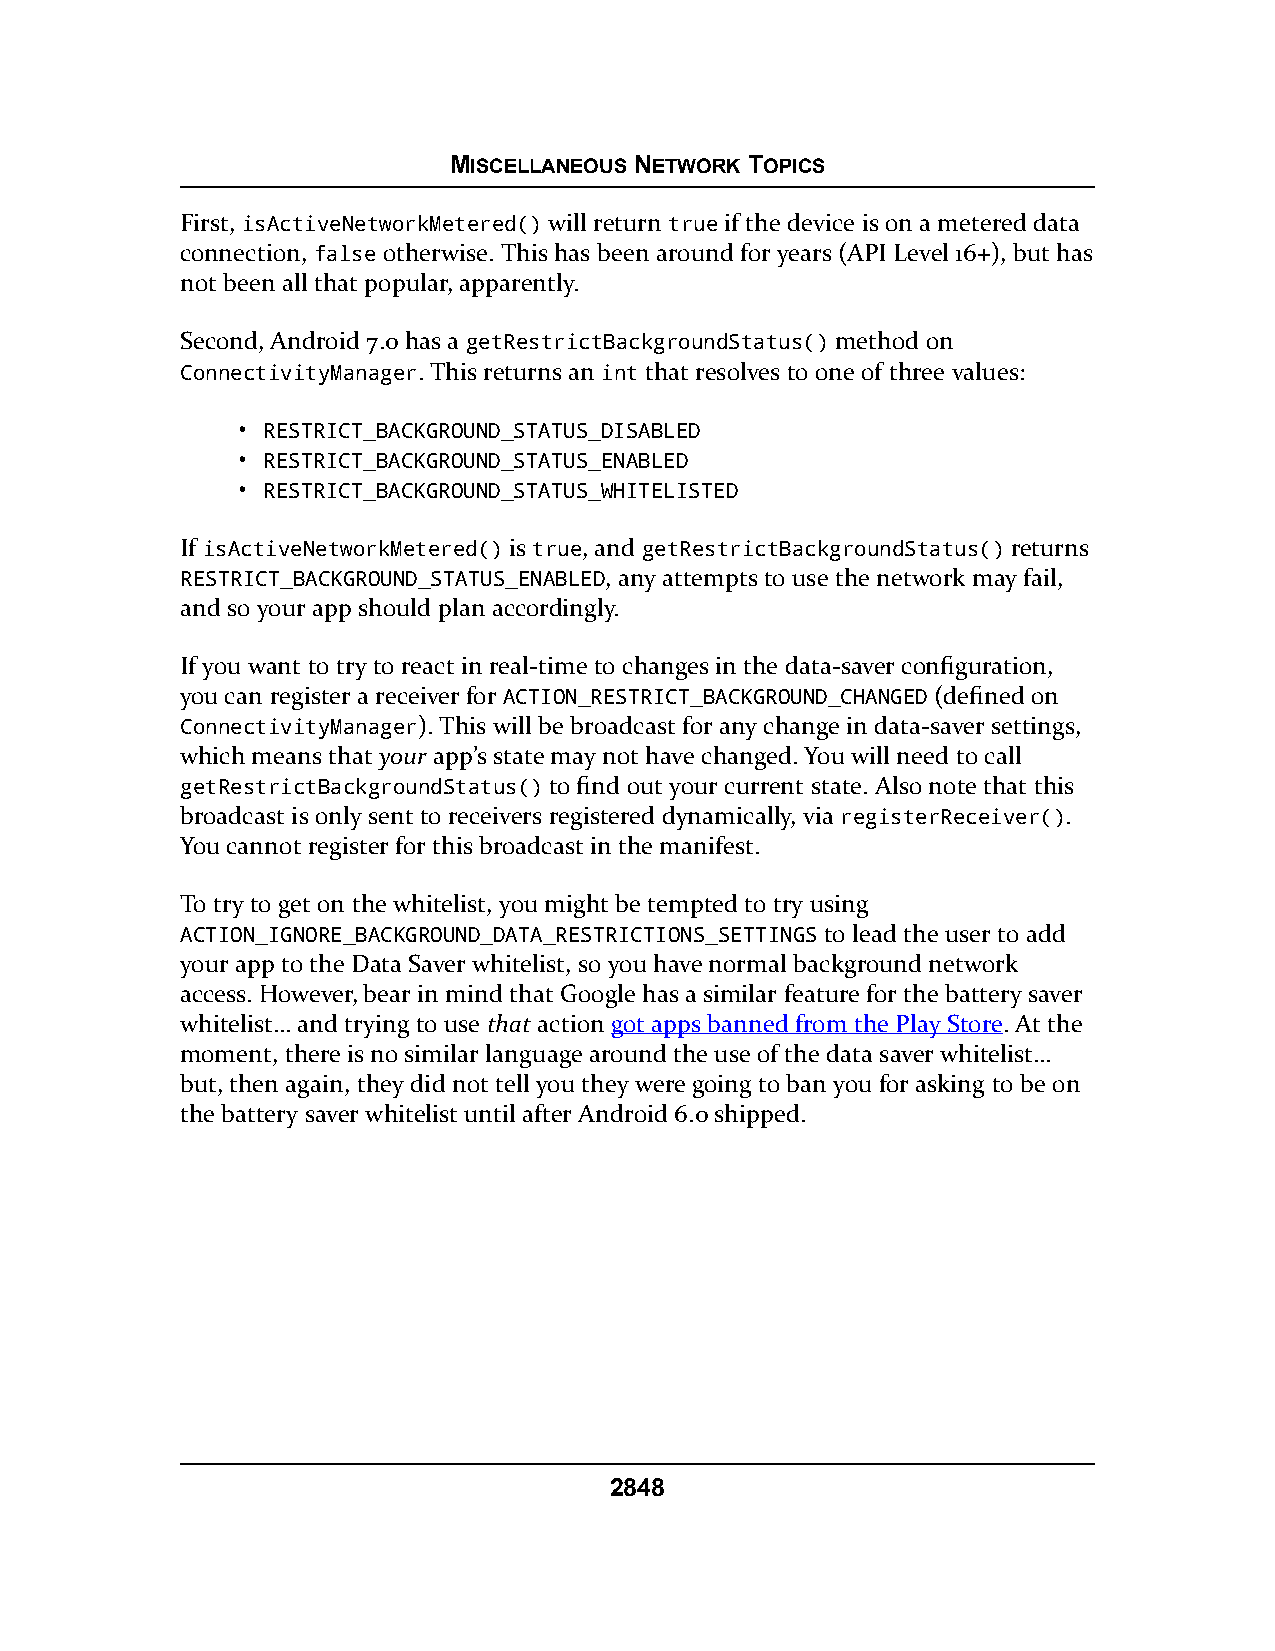
MISCELLANEOUS NETWORK TOPICS
 First, isActiveNetworkMetered() will return true if the device is on a metered data
 connection, false otherwise. This has been around for years (API Level 16+), but has
 not been all that popular, apparently.
 Second, Android 7.0 has a getRestrictBackgroundStatus() method on
 ConnectivityManager. This returns an int that resolves to one of three values:
 • RESTRICT_BACKGROUND_STATUS_DISABLED
 • RESTRICT_BACKGROUND_STATUS_ENABLED
 • RESTRICT_BACKGROUND_STATUS_WHITELISTED
 If isActiveNetworkMetered() is true, and getRestrictBackgroundStatus() returns
 RESTRICT_BACKGROUND_STATUS_ENABLED, any attempts to use the network may fail,
 and so your app should plan accordingly.
 If you want to try to react in real-time to changes in the data-saver configuration,
 you can register a receiver for ACTION_RESTRICT_BACKGROUND_CHANGED (defined on
 ConnectivityManager). This will be broadcast for any change in data-saver settings,
 which means that your app’s state may not have changed. You will need to call
 getRestrictBackgroundStatus() to find out your current state. Also note that this
 broadcast is only sent to receivers registered dynamically, via registerReceiver().
 You cannot register for this broadcast in the manifest.
 To try to get on the whitelist, you might be tempted to try using
 ACTION_IGNORE_BACKGROUND_DATA_RESTRICTIONS_SETTINGS to lead the user to add
 your app to the Data Saver whitelist, so you have normal background network
 access. However, bear in mind that Google has a similar feature for the battery saver
 whitelist… and trying to use that action got apps banned from the Play Store. At the
 moment, there is no similar language around the use of the data saver whitelist…
 but, then again, they did not tell you they were going to ban you for asking to be on
 the battery saver whitelist until after Android 6.0 shipped.
 2848